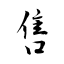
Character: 售